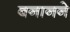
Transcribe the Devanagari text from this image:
बनानने